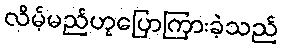
လိမ့်မည်ဟုပြောကြားခဲ့သည်